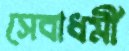
সেবাধর্মী